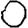
Digit: 0